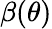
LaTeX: \beta(\theta)